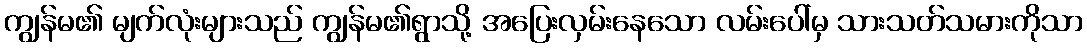
ကျွန်မ၏ မျက်လုံးများသည် ကျွန်မ၏ရွာသို့ အပြေးလှမ်းနေသော လမ်းပေါ်မှ သားသတ်သမားကိုသာ